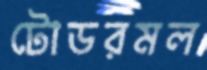
টোডরমল